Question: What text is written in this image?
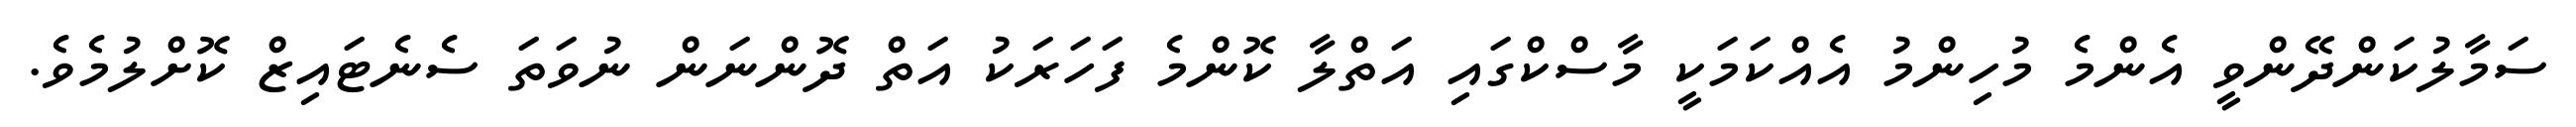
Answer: ސަމާލުކަންދޭންވީ އެންމެ މުހިންމު އެއްކަމަކީ މާސްކްގައި އަތްލާ ކޮންމެ ފަހަރަކު އަތް ދޮންނަން ނުވަތަ ސެނެޓައިޒް ކޮށްލުމެވެ.